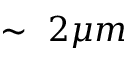
\sim ~ 2 \mu m